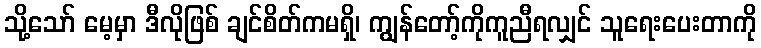
သို့သော် မေ့မှာ ဒီလိုဖြစ် ချင်စိတ်ကမရှိ၊ ကျွန်တော့်ကိုကူညီရလျှင် သူရေးပေးတာကို